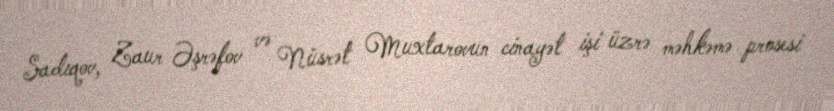
Sadıqov, Zaur Əşrəfov və Nüsrət Muxtarovun cinayət işi üzrə məhkəmə prosesi